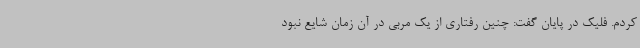
کردم. فلیک در پایان گفت: چنین رفتاری از یک مربی در آن زمان شایع نبود